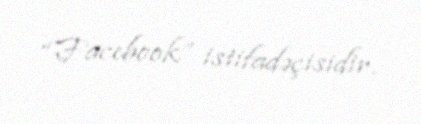
“Facebook” istifadəçisidir.